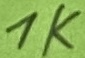
Text: 1K